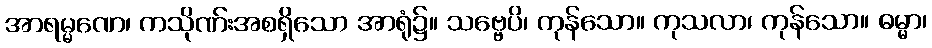
အာရမ္မဏေ၊ ကသိုဏ်းအစရှိသော အာရုံ၌။ သဗ္ဗေပိ၊ ကုန်သော။ ကုသလာ၊ ကုန်သော။ ဓမ္မာ၊